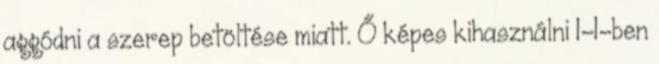
aggódni a szerep betöltése miatt. Ő képes kihasználni 1-1-ben